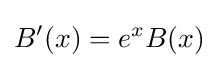
B'(x)=e^{x}B(x)